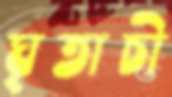
ঘৃতাচী